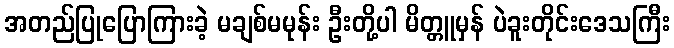
အတည်ပြုပြောကြားခဲ့ မချစ်မမုန်း ဦးတို့ပါ မိတ္တူမှန် ပဲခူးတိုင်းဒေသကြီး